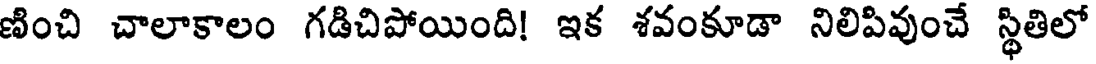
ణించి చాలాకాలం గడిచిపోయింది! ఇక శవంకూడా నిలిపివుంచే స్థితిలో